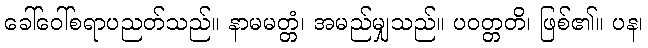
ခေါ်ဝေါ်စရာပညတ်သည်။ နာမမတ္တံ၊ အမည်မျှသည်။ ပဝတ္တတိ၊ ဖြစ်၏။ ပန၊